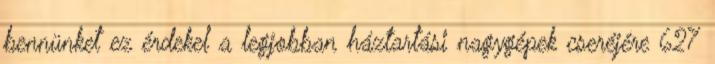
bennünket ez érdekel a legjobban háztartási nagygépek cseréjére 627